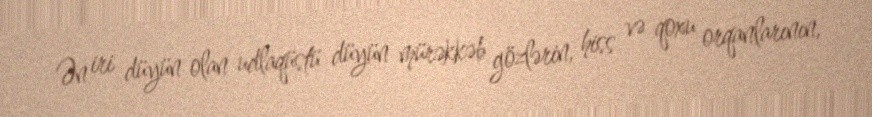
Ən iri düyün olan udlaqüstü düyün mürəkkəb gözlərin, hiss və qoxu orqanlarının,